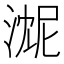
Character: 𬈓